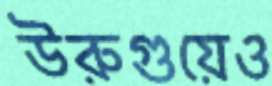
উরুগুয়েও